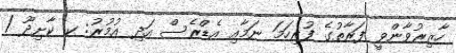
ހާޒިރުވާންވީ ފަރާތުގެ ފުރިހަމަ ނަމާއި އެޑްރެސް އަދި އުމުރު: ކ. ކާށިދޫ /